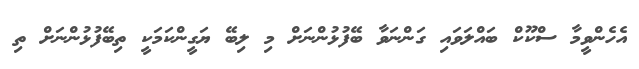
އެހެންވީމާ ސްކޫކް ބައްލަވައި ގަންނަވާ ބޭފުޅުންނަށް މި ލިބޭ ޔަގީންކަމަކީ ތިބޭފުޅުންނަށް ތި